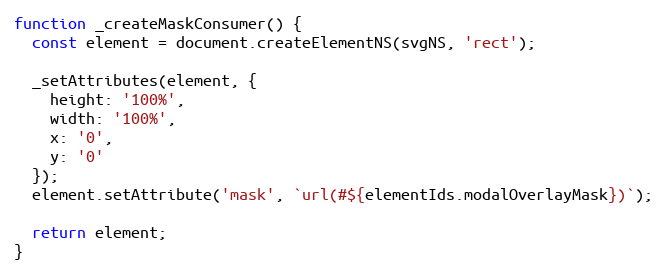
Language: JavaScript
function _createMaskConsumer() {
  const element = document.createElementNS(svgNS, 'rect');

  _setAttributes(element, {
    height: '100%',
    width: '100%',
    x: '0',
    y: '0'
  });
  element.setAttribute('mask', `url(#${elementIds.modalOverlayMask})`);

  return element;
}